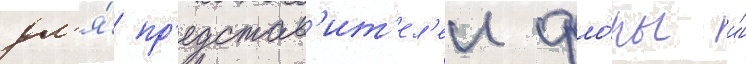
дл'я́ пр'едстав'ит'ел'еи фло́ры и́